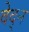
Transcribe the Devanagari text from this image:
वेद्न